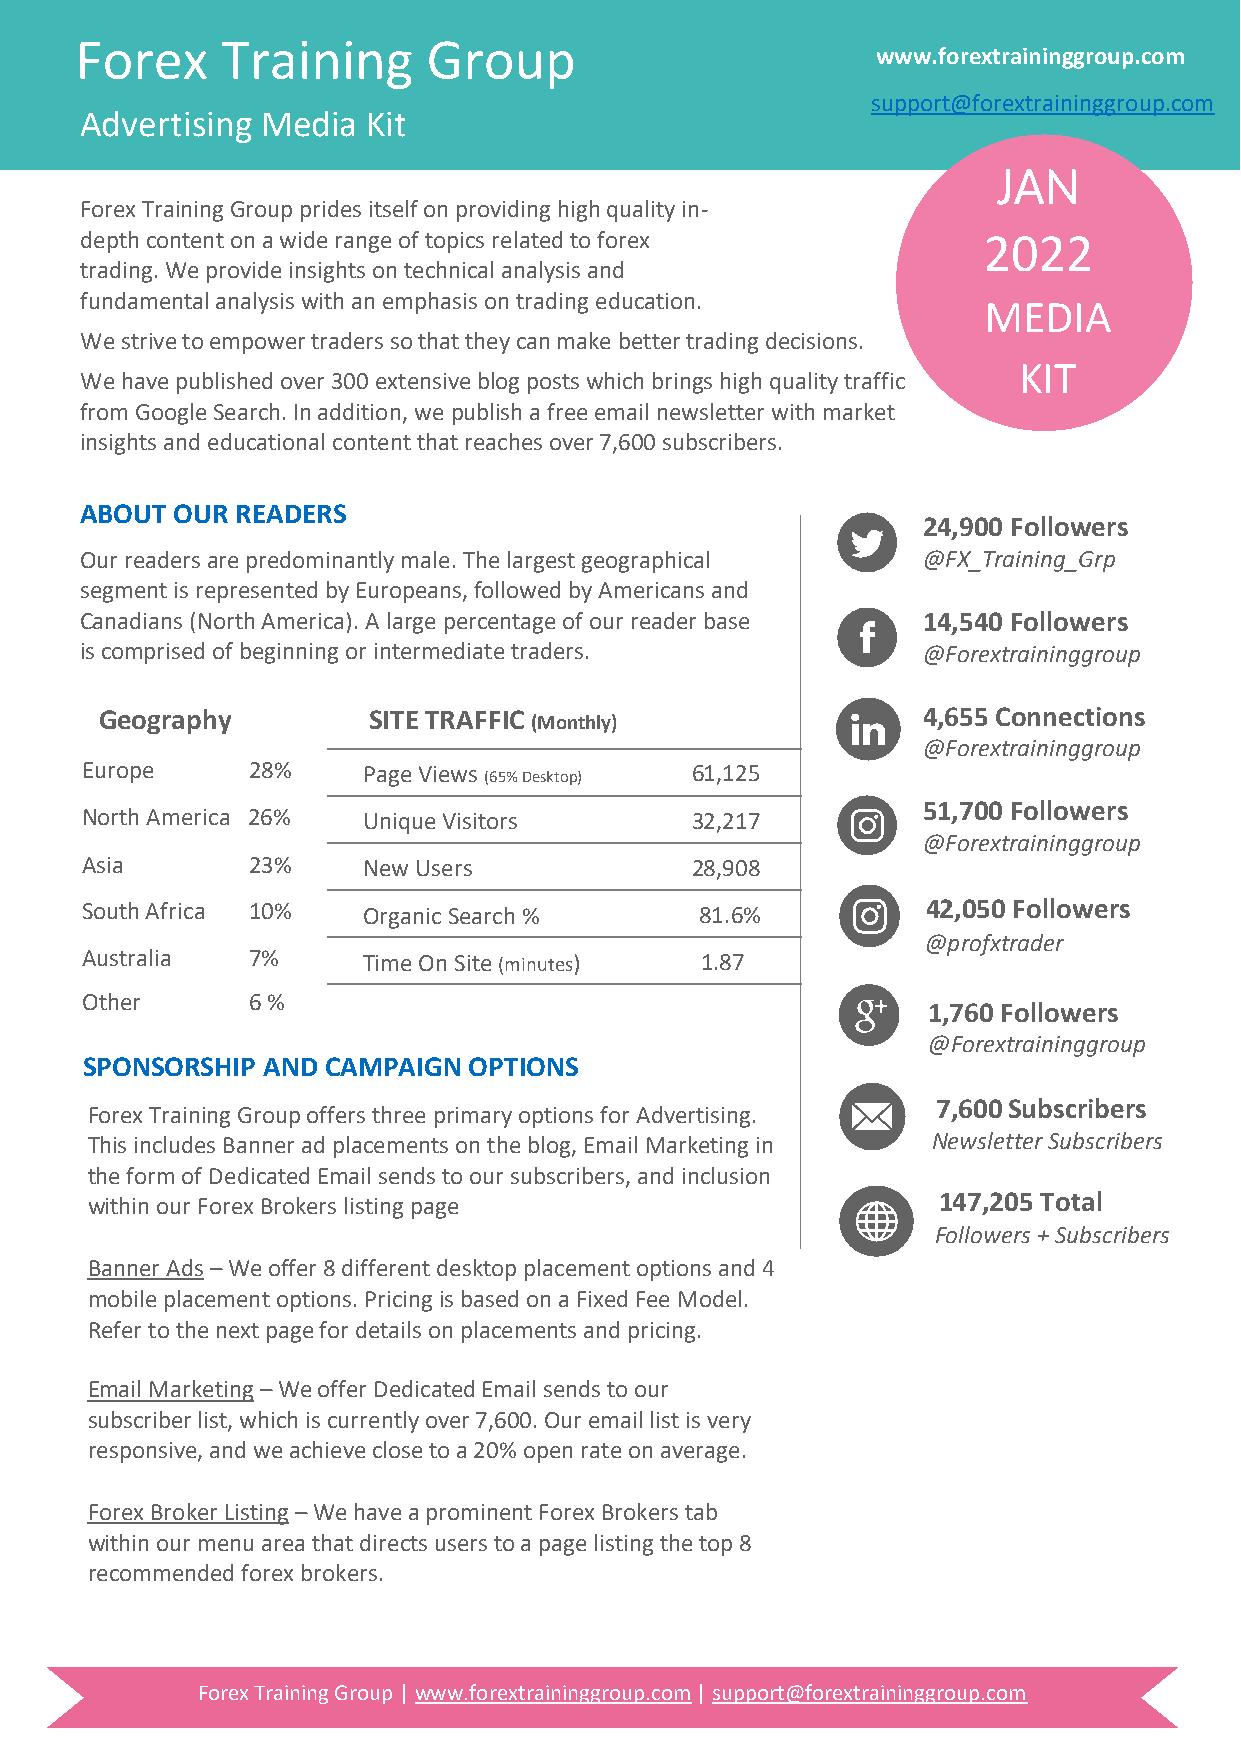
Forex     Training     Group
 www.forextraininggroup.com
 support@forextraininggroup.com
 Advertising Media  Kit
 JAN
 Forex Training Group prides itself on providing high quality in-
 depth content on a wide range of topics related to forex    2022
 trading. We provide insights on technical analysis and
 fundamental analysis with an emphasis on trading education.
 MEDIA
 We strive to empower traders so that they can make better trading decisions.
 KIT
 We have published over 300 extensive blog posts which brings high quality traffic
 from Google Search. In addition, we publish a free email newsletter with market
 insights and educational content that reaches over 7,600 subscribers.
 ABOUT  OUR READERS
 24,900 Followers
 Our readers are predominantly male. The largest geographical @FX_Training_Grp
 segment is represented by Europeans, followed by Americans and
 Canadians (North America). A large percentage of our reader base 14,540 Followers
 is comprised of beginning or intermediate traders.      @Forextraininggroup
 Geography        SITE TRAFFIC (Monthly)               4,655 Connections
 @Forextraininggroup
 Europe     28%     Page Views (65% Desktop) 61,125
 51,700 Followers
 North America 26%  Unique Visitors       32,217
 @Forextraininggroup
 Asia       23%     New Users             28,908
 South Africa 10%   Organic Search %      81.6%          42,050 Followers
 @profxtrader
 Australia  7%      Time On Site (minutes) 1.87
 Other      6 %
 1,760 Followers
 @Forextraininggroup
 SPONSORSHIP AND  CAMPAIGN OPTIONS
 7,600 Subscribers
 Forex Training Group offers three primary options for Advertising.
 This includes Banner ad placements on the blog, Email Marketing in Newsletter Subscribers
 the form of Dedicated Email sends to our subscribers, and inclusion
 147,205 Total
 within our Forex Brokers listing page
 Followers + Subscribers
 Banner Ads – We offer 8 different desktop placement options and 4
 mobile placement options. Pricing is based on a Fixed Fee Model.
 Refer to the next page for details on placements and pricing.
 Email Marketing – We offer Dedicated Email sends to our
 subscriber list, which is currently over 7,600. Our email list is very
 responsive, and we achieve close to a 20% open rate on average.
 Forex Broker Listing – We have a prominent Forex Brokers tab
 within our menu area that directs users to a page listing the top 8
 recommended forex brokers.
 Forex Training Group | www.forextraininggroup.com | support@forextraininggroup.com